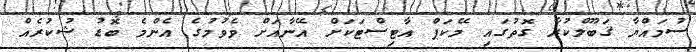
ސުމައްޔާ ޤަބޫލްކުރާ ގޮތުގައި މޭކަޕް އާޓިސްޓަކަށް އޭނާއަށް ވެވުމުގެ އެންމެ ބޮޑު ޝުކުރެއް